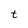
Character: t